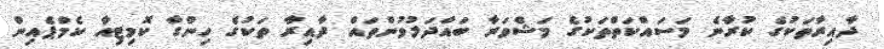
ދާއިރާތަކުގެ ކުރާނެ މަސައްކަތްތަކުގެ މަޝްވަރާ ބައްދަލުވުންތައް ދާއިރާ ތަކުގެ ހިންގާ ކޮމިޓިއާ ކެމްޕެއިން